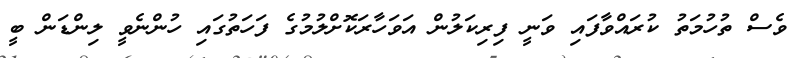
ވެސް ތުހުމަތު ކުރައްވާފައި ވަނީ ފިރިކަލުން އަވަހާރަކޮށްލުމުގެ ފަހަތުގައި ހުންނެވީ ލިންޑަން ބީ